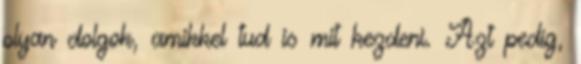
olyan dolgok, amikkel tud is mit kezdeni. Azt pedig,